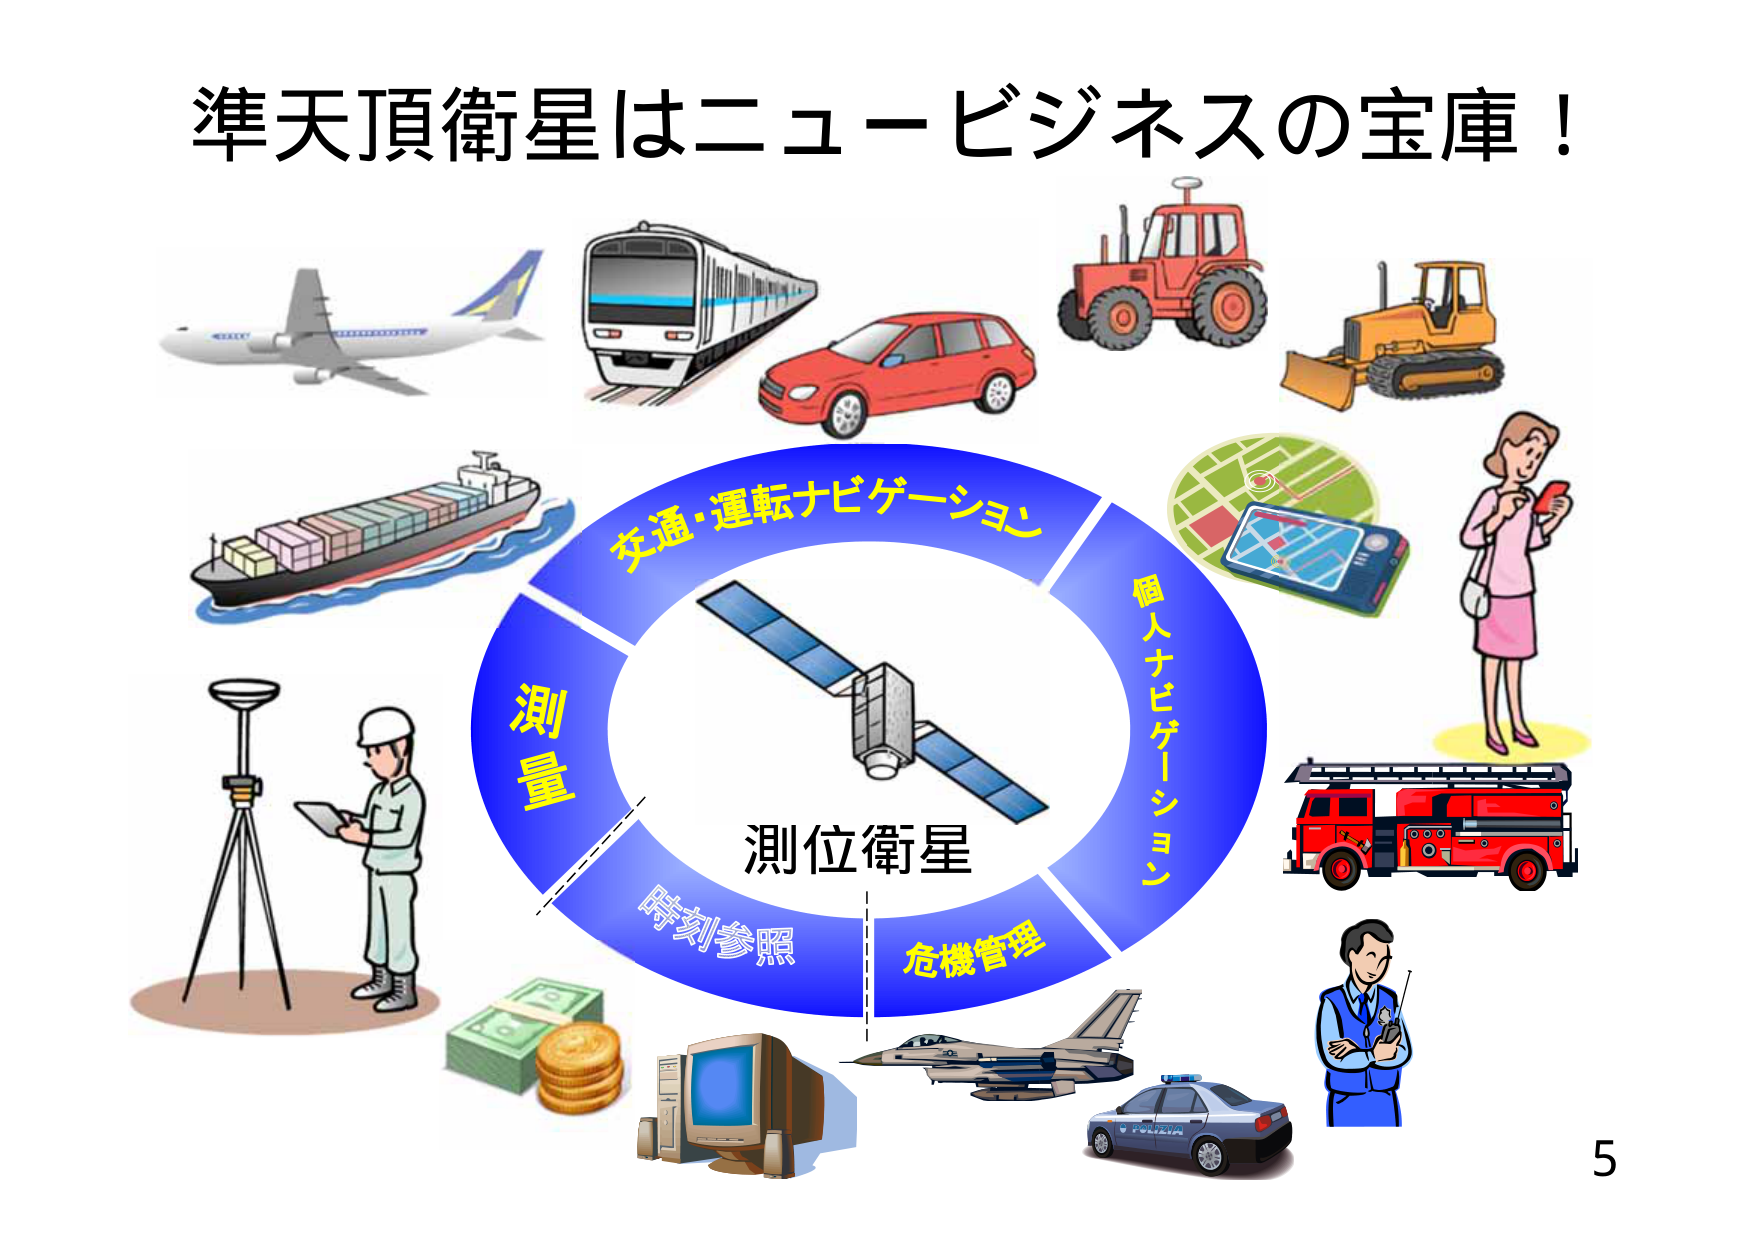
準天頂衛星はニュービジネスの宝庫！

交通・運転ナビゲーション
個人ナビゲーション
測量
時刻参照
危機管理
測位衛星

5